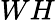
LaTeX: WH